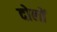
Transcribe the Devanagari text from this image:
दोलों